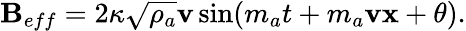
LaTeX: {\mathbf B}_{eff}=2\kappa\sqrt{\rho_{a}}{\mathbf v}\sin(m_{a}t+m_{a}{\mathbf v}{\mathbf x}+\theta).